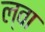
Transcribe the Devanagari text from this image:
ल्वा